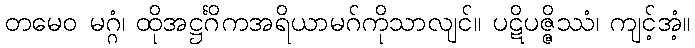
တမေဝ မဂ္ဂံ၊ ထိုအဋ္ဌင်္ဂိကအရိယာမဂ်ကိုသာလျင်။ ပဋိပဇ္ဇိဿံ၊ ကျင့်အံ့။